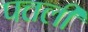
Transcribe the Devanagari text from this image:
पत्तली